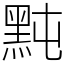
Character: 黗